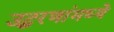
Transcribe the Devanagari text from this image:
उद्धरणांमध्ये